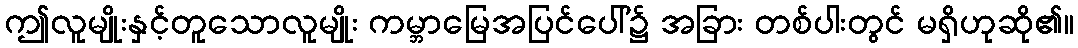
ဤလူမျိုးနှင့်တူသောလူမျိုး ကမ္ဘာမြေအပြင်ပေါ်၌ အခြား တစ်ပါးတွင် မရှိဟုဆို၏။